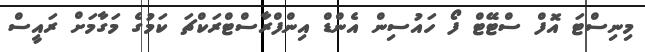
މިނިސްޓަ އޮފް ސްޓޭޓް ފޯ ހައުސިން އެންޑް އިންފްރާސްޓްރަކްޗަ ކަމުގެ މަގާމަށް ރައީސް